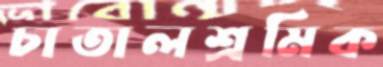
চাতালশ্রমিক